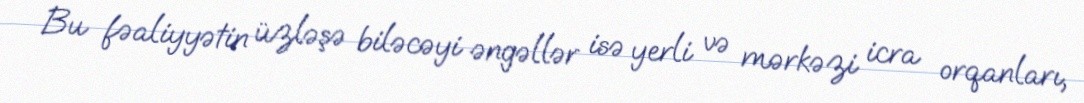
Bu fəaliyyətin üzləşə biləcəyi əngəllər isə yerli və mərkəzi icra orqanları,